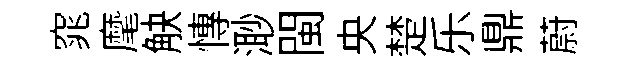
窕麾觖慱𣺌閩央楚乐鼎蔚